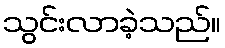
သွင်းလာခဲ့သည်။